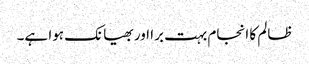
ظالم کا انجام بہت برا اور بھیانک ہوا ہے۔